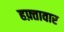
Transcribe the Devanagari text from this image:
हफ़्तावार